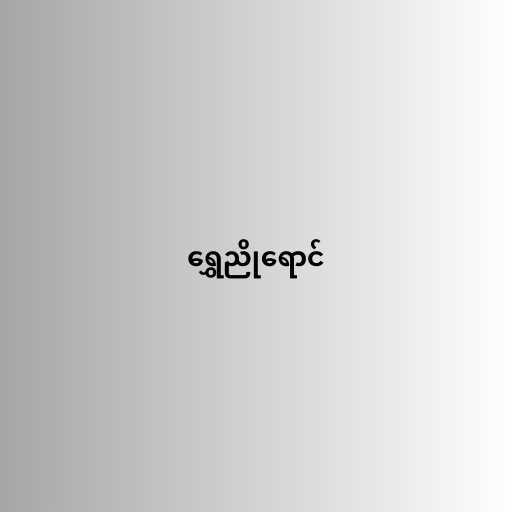
ရွှေညိုရောင်